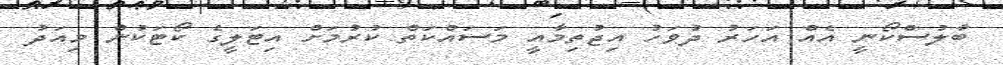
ބާލުސްކޯނީ އެއް އަހަރު ދުވަހު އިޖުތިމާއީ މަސައްކަތް ކުރުމަށް އިޓަލީގެ ކޯޓަކުން މިއަދު